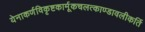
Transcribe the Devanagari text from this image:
येनाकर्णविकृष्टकार्मूकचलत्काण्डावलीकर्ति